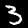
Digit: 3